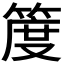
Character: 𥯖